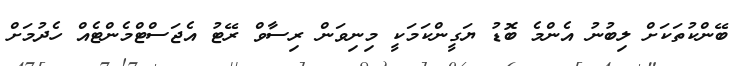
ބޭންކުތަކަށް ލިބުނު އެންމެ ބޮޑު ޔަގީންކަމަކީ މިނިވަން ރިސާވް ރޭޓު އެޖަސްޓްމެންޓެއް ހެދުމަށް